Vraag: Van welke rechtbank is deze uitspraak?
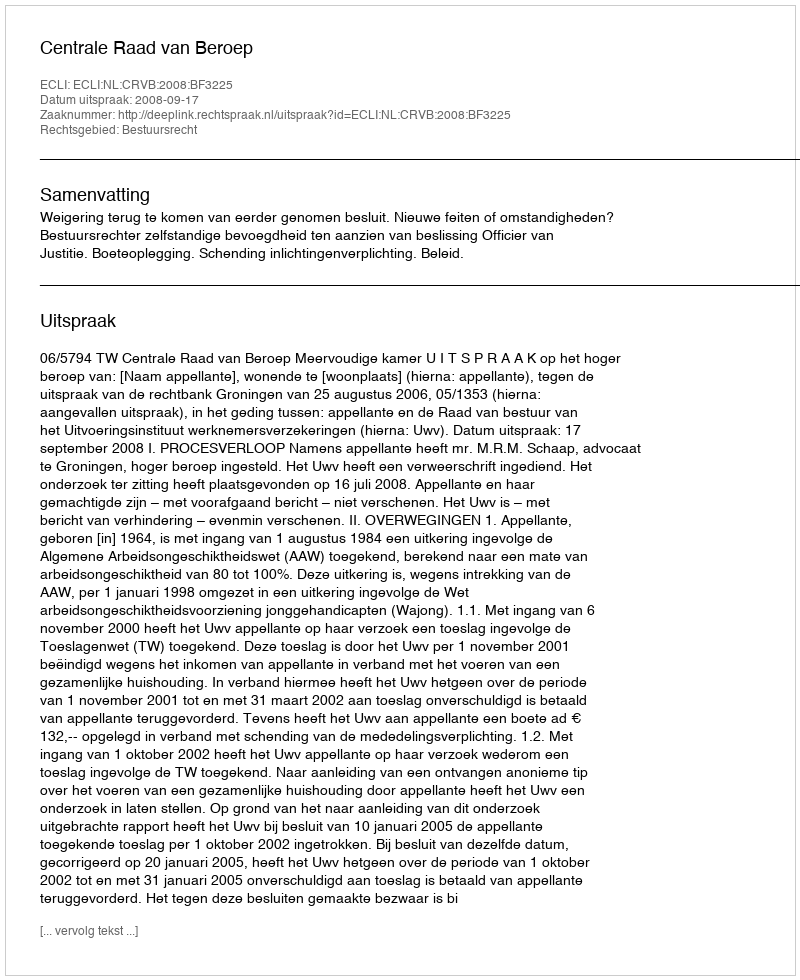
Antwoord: Centrale Raad van Beroep